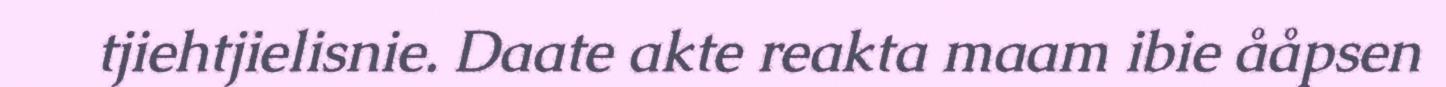
tjiehtjielisnie. Daate akte reakta maam ibie ååpsen